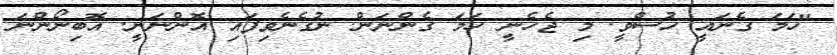
"ހަމަ ގެނައީ ހުސްވީ. މި ޖެހެނީ ހަމަ ގެންނަން. ނުގެނެވިފައި އޮންނަނީ. އޮބިނޯންނަ